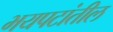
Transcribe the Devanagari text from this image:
भयपटांतील